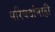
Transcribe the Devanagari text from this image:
परिषदांनाही